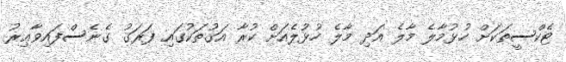
ޓެކްސީތަކަށް ހުޅުމާލެ މާލެ އަދި މާލެ ހުޅުލެއަށް ކުރާ އަގުތަކުގައި ފަރަގު ގެނެސްފައިވާޢިރު